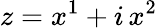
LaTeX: z=x^{1}+i\, x^{2}